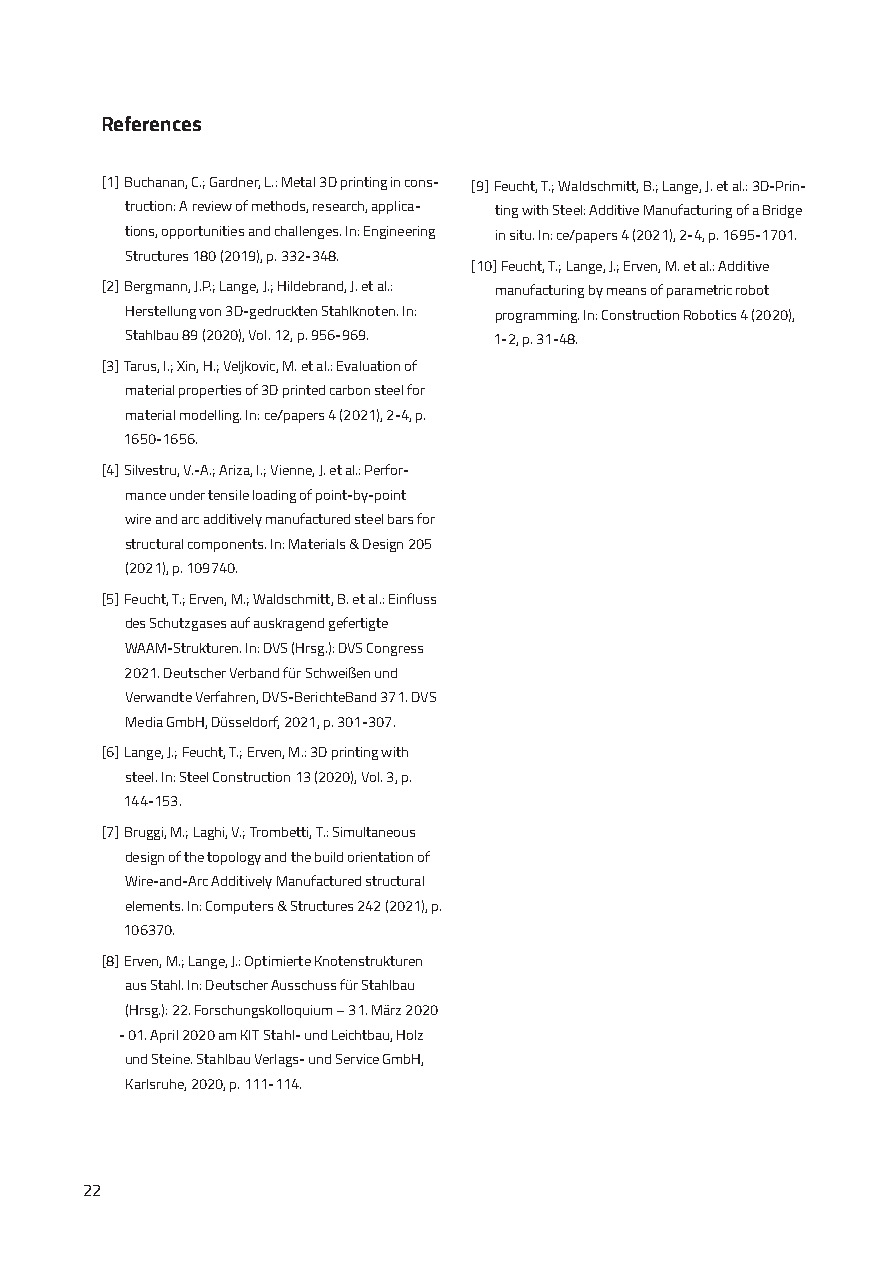
References
 [1] Buchanan, C.; Gardner, L.: Metal 3D printing in cons- [9] Feucht, T.; Waldschmitt, B.; Lange, J. et al.: 3D-Prin-
 truction: A review of methods, research, applica- ting with Steel: Additive Manufacturing of a Bridge
 tions, opportunities and challenges. In: Engineering in situ. In: ce/papers 4 (2021), 2-4, p. 1695-1701.
 Structures 180 (2019), p. 332-348.
 [10] Feucht, T.; Lange, J.; Erven, M. et al.: Additive
 [2] Bergmann, J.P.; Lange, J.; Hildebrand, J. et al.: manufacturing by means of parametric robot
 Herstellung von 3D-gedruckten Stahlknoten. In: programming. In: Construction Robotics 4 (2020),
 Stahlbau 89 (2020), Vol. 12, p. 956-969. 1-2, p. 31-48.
 [3] Tarus, I.; Xin, H.; Veljkovic, M. et al.: Evaluation of
 material properties of 3D printed carbon steel for
 material modelling. In: ce/papers 4 (2021), 2-4, p.
 1650-1656.
 [4] Silvestru, V.-A.; Ariza, I.; Vienne, J. et al.: Perfor-
 mance under tensile loading of point-by-point
 wire and arc additively manufactured steel bars for
 structural components. In: Materials & Design 205
 (2021), p. 109740.
 [5] Feucht, T.; Erven, M.; Waldschmitt, B. et al.: Einfluss
 des Schutzgases auf auskragend gefertigte
 WAAM-Strukturen. In: DVS (Hrsg.): DVS Congress
 2021. Deutscher Verband für Schweißen und
 Verwandte Verfahren, DVS-BerichteBand 371. DVS
 Media GmbH, Düsseldorf, 2021, p. 301-307.
 [6] Lange, J.; Feucht, T.; Erven, M.: 3D printing with
 steel. In: Steel Construction 13 (2020), Vol. 3, p.
 144-153.
 [7] Bruggi, M.; Laghi, V.; Trombetti, T.: Simultaneous
 design of the topology and the build orientation of
 Wire-and-Arc Additively Manufactured structural
 elements. In: Computers & Structures 242 (2021), p.
 106370.
 [8] Erven, M.; Lange, J.: Optimierte Knotenstrukturen
 aus Stahl. In: Deutscher Ausschuss für Stahlbau
 (Hrsg.): 22. Forschungskolloquium – 31. März 2020
 - 01. April 2020 am KIT Stahl- und Leichtbau, Holz
 und Steine. Stahlbau Verlags- und Service GmbH,
 Karlsruhe, 2020, p. 111-114.
 22